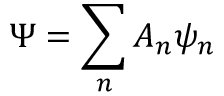
\displaystyle \Psi = \sum _ { n } A _ { n } \psi _ { n }